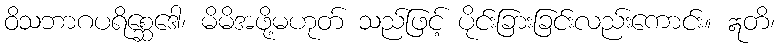
ဝိသဘာဂပရိစ္ဆေဒေါ၊ မိမိအဖို့မဟုတ် သည်ဖြင့် ပိုင်းခြားခြင်းလည်းကောင်း။ ဣတိ၊